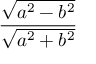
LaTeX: \frac { \sqrt { a ^ { 2 } - b ^ { 2 } } } { \sqrt { a ^ { 2 } + b ^ { 2 } } }